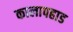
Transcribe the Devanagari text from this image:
कालापहाड